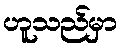
ဟူသည်မှာ